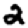
Digit: 2